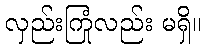
လှည်းကြုံလည်း မရှိ။